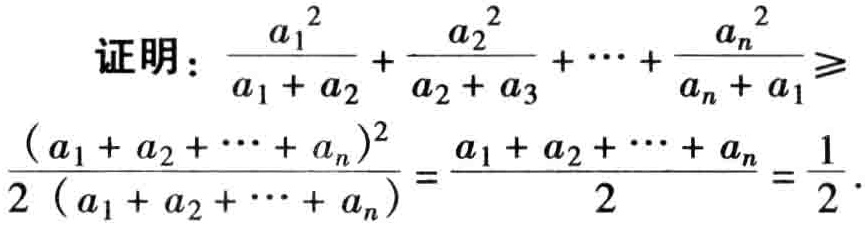
证明：\(\frac{a_{1}^{2}}{a_{1} + a_{2}} + \frac{a_{2}^{2}}{a_{2} + a_{3}} + \cdots + \frac{a_{n}^{2}}{a_{n} + a_{1}} \geqslant \frac{(a_{1} + a_{2} + \cdots + a_{n})^{2}}{2(a_{1} + a_{2} + \cdots + a_{n})} = \frac{a_{1} + a_{2} + \cdots + a_{n}}{2} = \frac{1}{2}\)